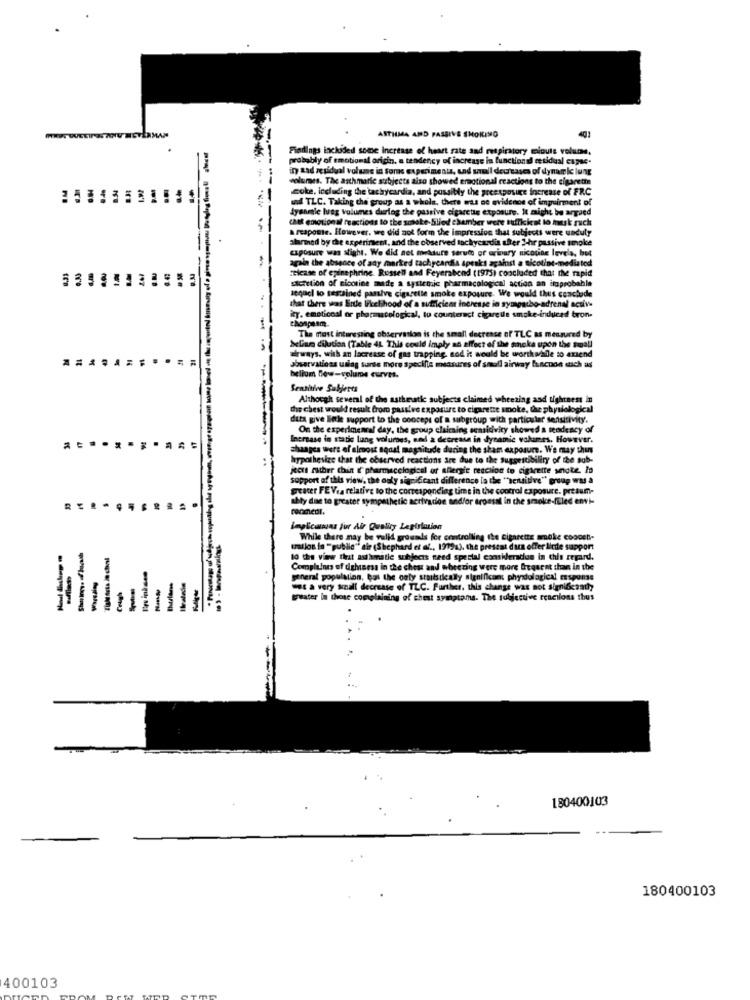
ASTHMA AND PASSIVE SMOKING
Findings inchided some increase of heart rate and respiratory miouts volume.
probably of emotional origin, a tendency of increase in functional residual cupsc.
in tad residual volume in Some experiments, und sull decreases of dynamic lung
volumes. The asthmatic subjects also showed emotional reactions to the cigarette
coke, including the tachycardia, and possibly the preexposure increase of FRC
e of FRC
und TLC. Taking the group as a whole, there was no evidence of impuirment of
dysamle lung volumes during the passive cigaretis exposure. It might be argued
Married
chat emotional reactions to the sonate-Slied chember
a reaposte. However, we did not form the impression that subjects were unduly
alarmed by the experiment, and the observed tachycardia after 3-hr passive smoke
caposure was atight. We did not measure serum of urinary nicotine levels, but
again the absence of ady marked tachycardia apeaks against a nicotine-mediated
"Eicase of epinephrine. Russell and Feyerabend (1975) concluded that the rapid
secretion of nicotine made a systemic pharmacological action an itoprobable
tre
-
sequel to tescained passive cigarette smoke exposure. We would thus conclude
ity. emotional or pharmacological, to counteract cigareile smoke-induced bron.
that there was Erde likelihood of a sufficient ineresse in sympatbo-adrenal activ
The matt interesting observation is the small decrease of TLC as measured by
Sclian dilution (Table 4L This could imply an effect of the smoke upon the fall
airways. with an lacrease of gas trapping, sod it would be worth wille so amend
observations uslag sorte more specific measures of small airway huncuon such as
helium few-volume curves.
Sensitive Subjects
Although several of the asthmatic subjects claimed wheezing and tightness in
the chest would result from passive exposure to cigarette smoke, the physiological
the physiol
dita give little support to the concept of a subgroup with particular sensitivity.
On the experimental day, the group clairning sensitivity showed a tendency of
increase in satis lung volumes, sad a decrease in dynamic volumes. However.
changes wert of almost squat magnitude during the sham exposure. We may thus
. We may thu
hypothesize that the observed reactions are due to the Suggestibiliry of the sub-
try of the sub-
jeers father chint &'pharmacological of allergie resciion to cigarette snote lo
support of this view, the only significant difference la the "sensitive" group was a
greater FEV.a relative to the corresponding time in the control exposure. presum-
ably due to greater sympathetic activacion and/or arousal in the smoke-filed envi-
Implicanas fur Air Quality Legislation
While there may be valid grounds for controlling the cigarette smoke coooch-
milos in "public" air (Shephard et af ., 1919a), the present data offer linde support
10 the view that auhmmitic uhjeers need special consideradue in this regard.
Complunes of digheess in the chest and wheezing were more frequent than in the
general population, but the only statsdically significant physdological espone
" a very small decrease of TLC. Further, this change was not significaath
-
-
greater in those complaining of chest symptoms. The subjectve reactions thus
---
180400103
180400103
400103